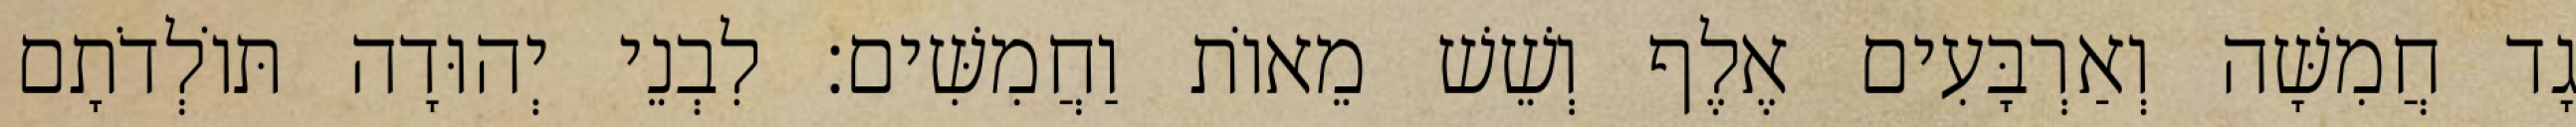
גָד חֲמִשָּׁה וְאַרְבָּעִים אֶלֶף וְשֵׁשׁ מֵאוֹת וַחֲמִשִּׁים׃ לִבְנֵי יְהוּדָה תּוֹלְדֹתָם